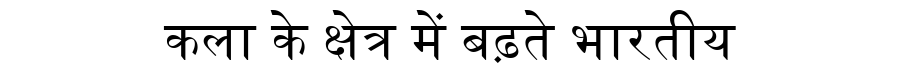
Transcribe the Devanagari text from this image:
कला के क्षेत्र में बढ़ते भारतीय